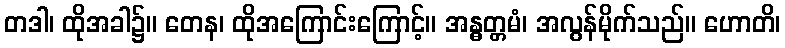
တဒါ၊ ထိုအခါ၌။ တေန၊ ထိုအကြောင်းကြောင့်။ အန္ဓတ္တမံ၊ အလွန်မိုက်သည်။ ဟောတိ၊